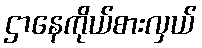
ဌာနေကိုယ်စားလှယ်